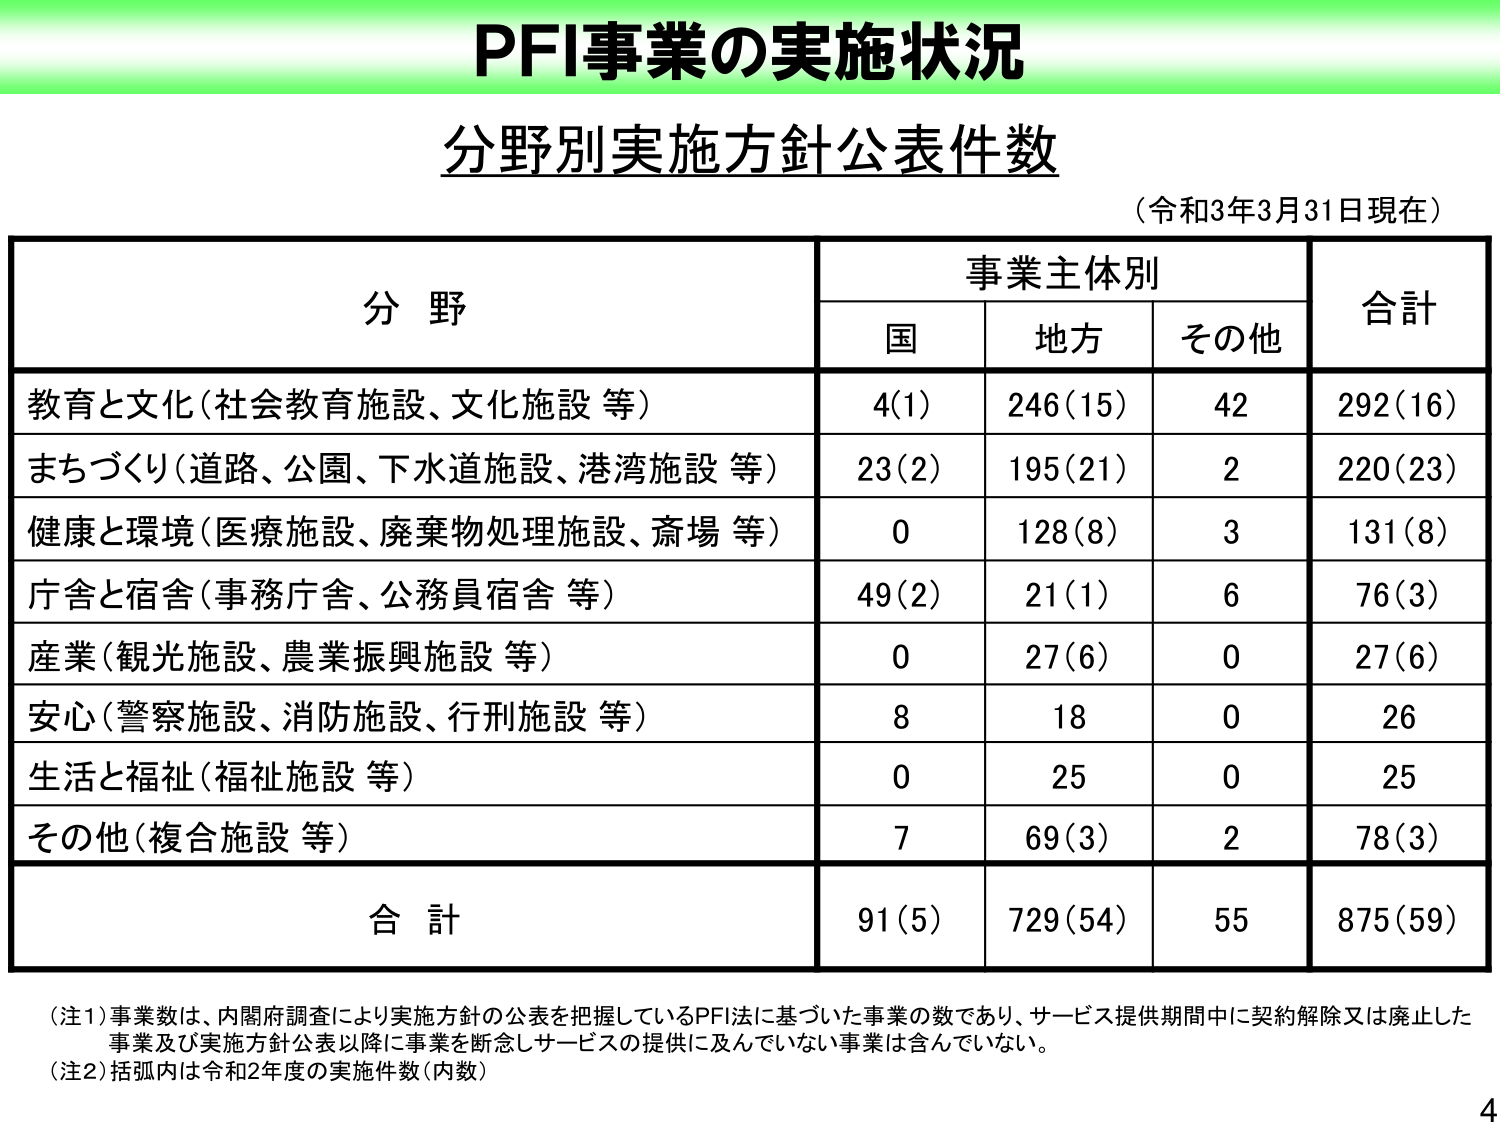
PFI事業の実施状況
分野別実施方針公表件数
（令和3年3月31日現在）
分野
事業主体別
国
地方
その他
合計
教育と文化（社会教育施設、文化施設 等）
4(1)
246(15)
42
292(16)
まちづくり（道路、公園、下水道施設、港湾施設 等）
23(2)
195(21)
2
220(23)
健康と環境（医療施設、廃棄物処理施設、斎場 等）
0
128(8)
3
131(8)
庁舎と宿舎（事務庁舎、公務員宿舎 等）
49(2)
21(1)
6
76(3)
産業（観光施設、農業振興施設 等）
0
27(6)
0
27(6)
安心（警察施設、消防施設、行刑施設 等）
8
18
0
26
生活と福祉（福祉施設 等）
0
25
0
25
その他（複合施設 等）
7
69(3)
2
78(3)
合計
91(5)
729(54)
55
875(59)
（注1）事業数は、内閣府調査により実施方針の公表を把握しているPFI法に基づいた事業の数であり、サービス提供期間中に契約解除又は廃止した事業及び実施方針公表以降に事業を断念しサービスの提供に及んでいない事業は含んでいない。
（注2）括弧内は令和2年度の実施件数（内数）
4